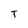
Character: T